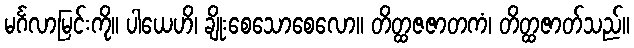
မင်္ဂလာမြင်းကို။ ပါယေဟိ၊ ချိုးစေသောစေလော။ တိတ္ထဇဇာတကံ၊ တိတ္ထဇာတ်သည်။